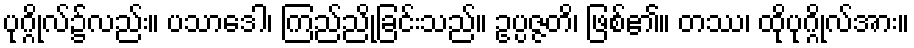
ပုဂ္ဂိုလ်၌လည်း။ ပသာဒေါ၊ ကြည်ညိုခြင်းသည်။ ဥပ္ပဇ္ဇတိ၊ ဖြစ်၏။ တဿ၊ ထိုပုဂ္ဂိုလ်အား။